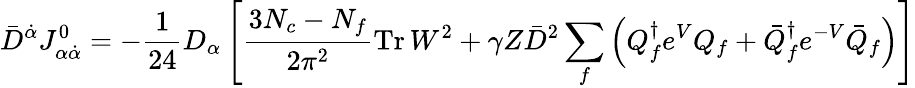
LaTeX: \bar{D}^{\dot{\alpha}}J_{\alpha\dot{\alpha}}^{0}=-\frac{1}{24}D_{\alpha}\left[\frac{3N_{c}-N_{f}}{2\pi^{2}}\mathrm{Tr}\, W^{2}+\gamma Z\bar{D}^{2}\sum_{f}\left({Q}_{f}^{\dagger}e^{V}{Q}_{f}+\bar{Q}_{f}^{\dagger}e^{-V}\bar{Q}_{f}\right)\right]